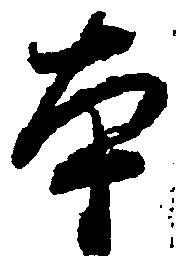
本